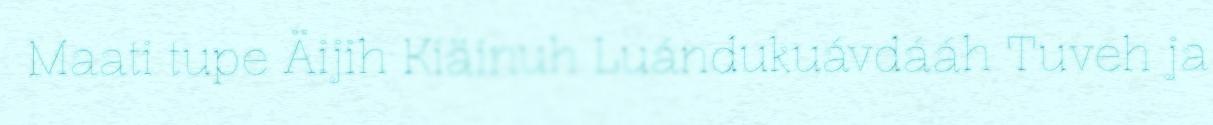
Maati tupe Äijih Kiäinuh Luándukuávdááh Tuveh ja